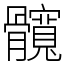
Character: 髖